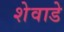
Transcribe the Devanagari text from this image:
शेवाडे